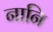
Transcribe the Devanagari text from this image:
नानि